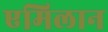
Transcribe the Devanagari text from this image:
एमिलान